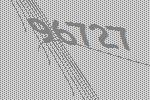
96727